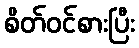
စိတ်ဝင်စားပြီး